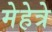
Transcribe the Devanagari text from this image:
मेहेत्रे